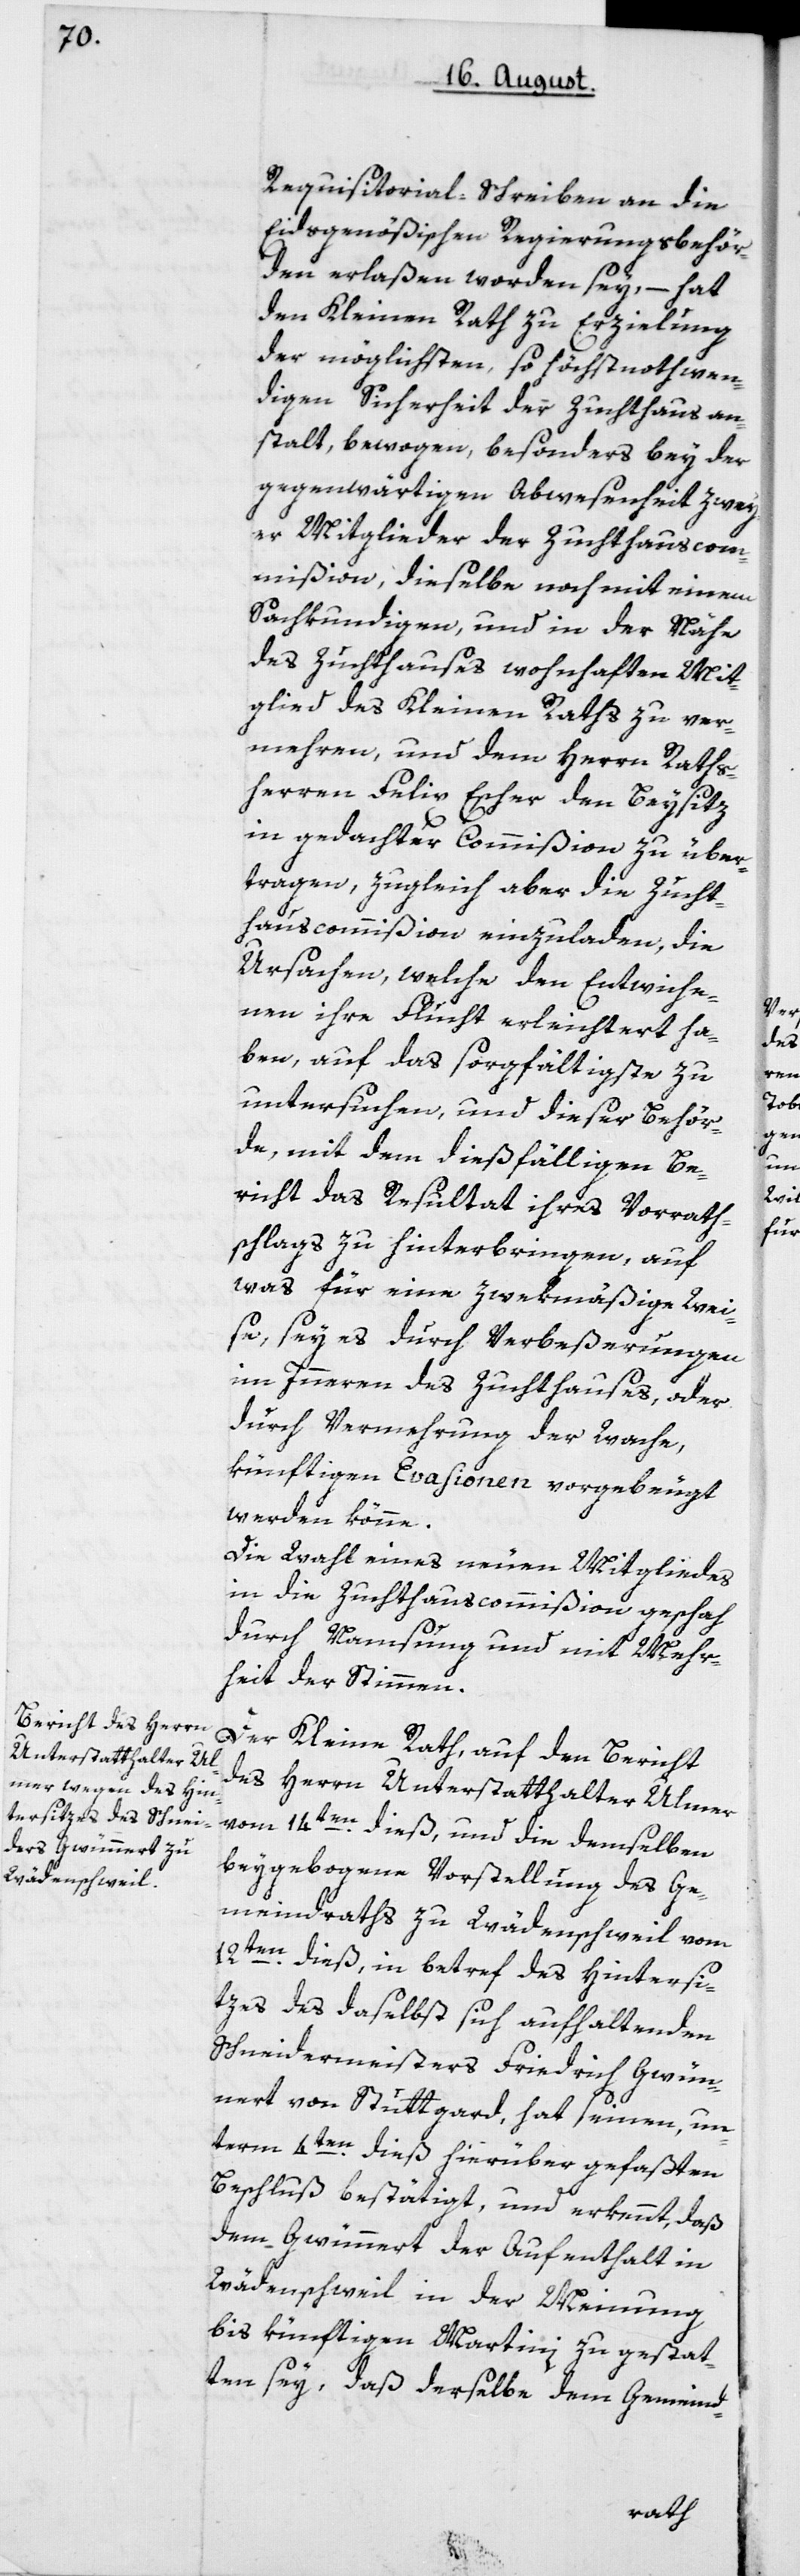
Requisitorial-Schreiben an die
Eidsgenößischen Regierungsbehör¬
den erlaßen worden sey, – hat
den Kleinen Rath zu Erzielung
der möglichsten, so höchst nothwen¬
digen Sicherheit der Zuchthausan¬
stalt, bewogen, besonders bey der
gegenwärtigen Abwesenheit zwey¬
er Mitglieder der Zuchthauscom¬
mißion, dieselbe noch mit einem
Sachkundigen, und in der Nähe
des Zuchthauses wohnhaften Mit¬
glied des Kleinen Raths zu ver¬
mehren, und dem Herrn Raths¬
herren Felix Escher den Beysiz
in gedachter Commißion zu über¬
tragen, zugleich aber die Zucht¬
hauscommißion einzuladen, die
Ursachen, welche den Entwiche¬
nen ihre Flucht erleichtert ha¬
ben, auf das sorgfältigste zu
untersuchen, und dieser Behör¬
de mit dem dießfälligen Be¬
richt das Resultat ihres Vor-Rath¬
schlags zu hinterbringen, auf
was für eine zwekmäßige Wei¬
se, sey es durch Verbeßerungen
im Innern des Zuchthauses, oder
durch Vermehrung der Wache,
künftigen Evasionen vorgebeugt
werden könne.
Die Wahl eines neuen Mitgliedes
in die Zuchthauscommißion geschah
durch Namsung und mit Mehr¬
heit der Stimmen.
Der Kleine Rath, auf den Bericht
des Herrn Unterstatthalter Ulmer
vom 14ten dieß, und die demselben
beygebogene Vorstellung des Ge¬
meindraths zu Wädenschweil vom
12ten dieß, in betref des Hintersi¬
tzes des daselbst sich aufhaltenden
Schneidermeisters Friedrich Gwün¬
nert von Stuttgard, hat seinen, un¬
term 4ten dieß hierüber gefaßten
Beschluß bestätigt, und erkennt, daß
dem Gwünnert der Aufenthalt in
Wädenschweil in der Meinung,
bis künftigen Martini zu gestat¬
ten sey, daß derselbe dem Gemeind-